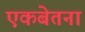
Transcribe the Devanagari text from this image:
एकबेतना